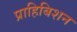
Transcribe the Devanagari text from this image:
प्राहिबिशन